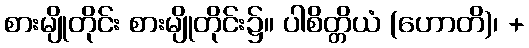
စားမျိုတိုင်း စားမျိုတိုင်း၌။ ပါစိတ္တိယံ (ဟောတိ)၊ +